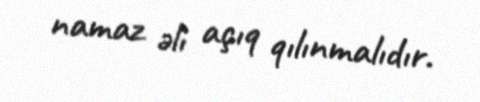
namaz əli açıq qılınmalıdır.